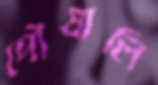
পৌষালি